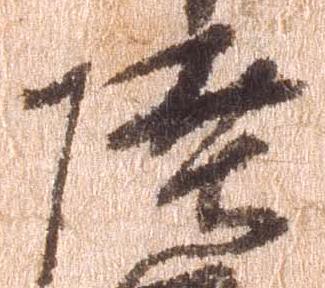
陸